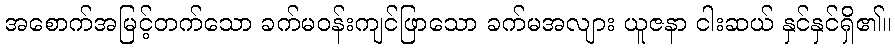
အစောက်အမြင့်တက်သော ခက်မဝန်းကျင်ဖြာသော ခက်မအလျား ယူဇနာ ငါးဆယ် နှင်နှင်ရှိ၏။